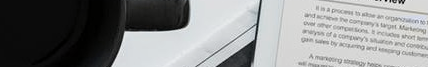
Under New Mgmt